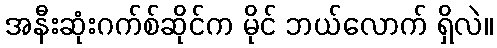
အနီးဆုံးဂက်စ်ဆိုင်က မိုင် ဘယ်လောက် ရှိလဲ။